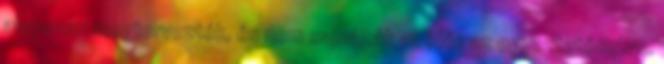
alaposan megtervezték, és nem sajnálták az időt az egyeztetésekre.